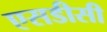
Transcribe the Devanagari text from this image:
एसडीसी